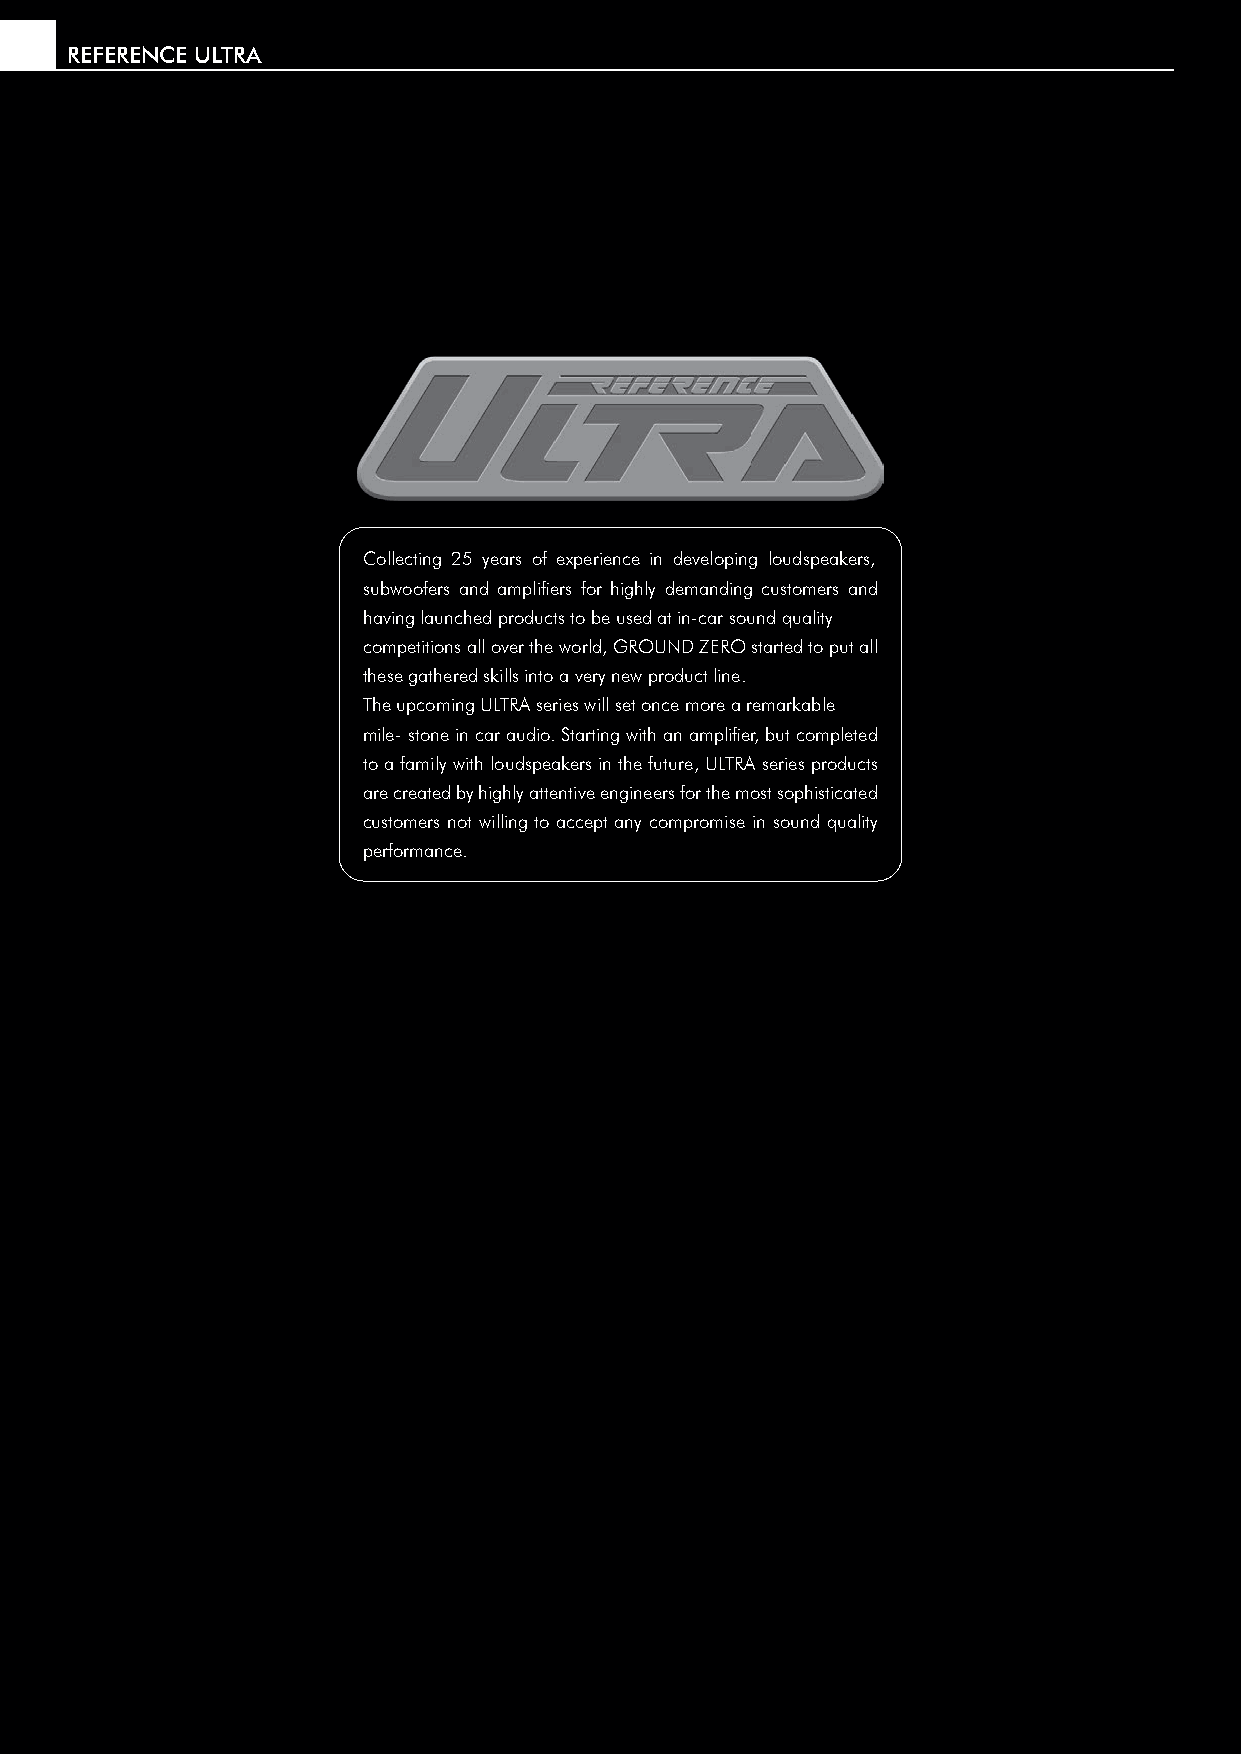
REFERENCE ULTRA
 Collecting 25 years of experience in developing loudspeakers,
 subwoofers and amplifi ers for highly demanding customers and
 having launched products to be used at in-car sound quality
 competitions all over the world, GROUND ZERO started to put all
 these gathered skills into a very new product line.
 The upcoming ULTRA series will set once more a remarkable
 mile- stone in car audio. Starting with an amplifi er, but completed
 to a family with loudspeakers in the future, ULTRA series products
 are created by highly attentive engineers for the most sophisticated
 customers not willing to accept any compromise in sound quality
 performance.